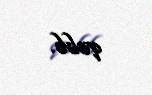
qalıb.